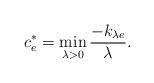
LaTeX: \begin{align*} c^*_e=\min_{\lambda >0} \frac{-k_{\lambda e}}{\lambda}. \end{align*}